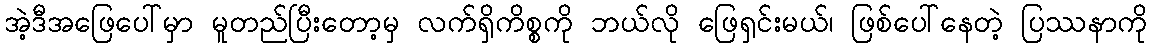
အဲ့ဒီအဖြေပေါ်မှာ မူတည်ပြီးတော့မှ လက်ရှိကိစ္စကို ဘယ်လို ဖြေရှင်းမယ်၊ ဖြစ်ပေါ်နေတဲ့ ပြဿနာကို